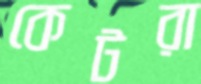
কেটরা